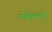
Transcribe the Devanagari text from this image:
मोलेक्युल